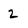
Character: 2